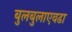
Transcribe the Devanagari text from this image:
बुलबुलाएवढा